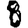
Digit: 8